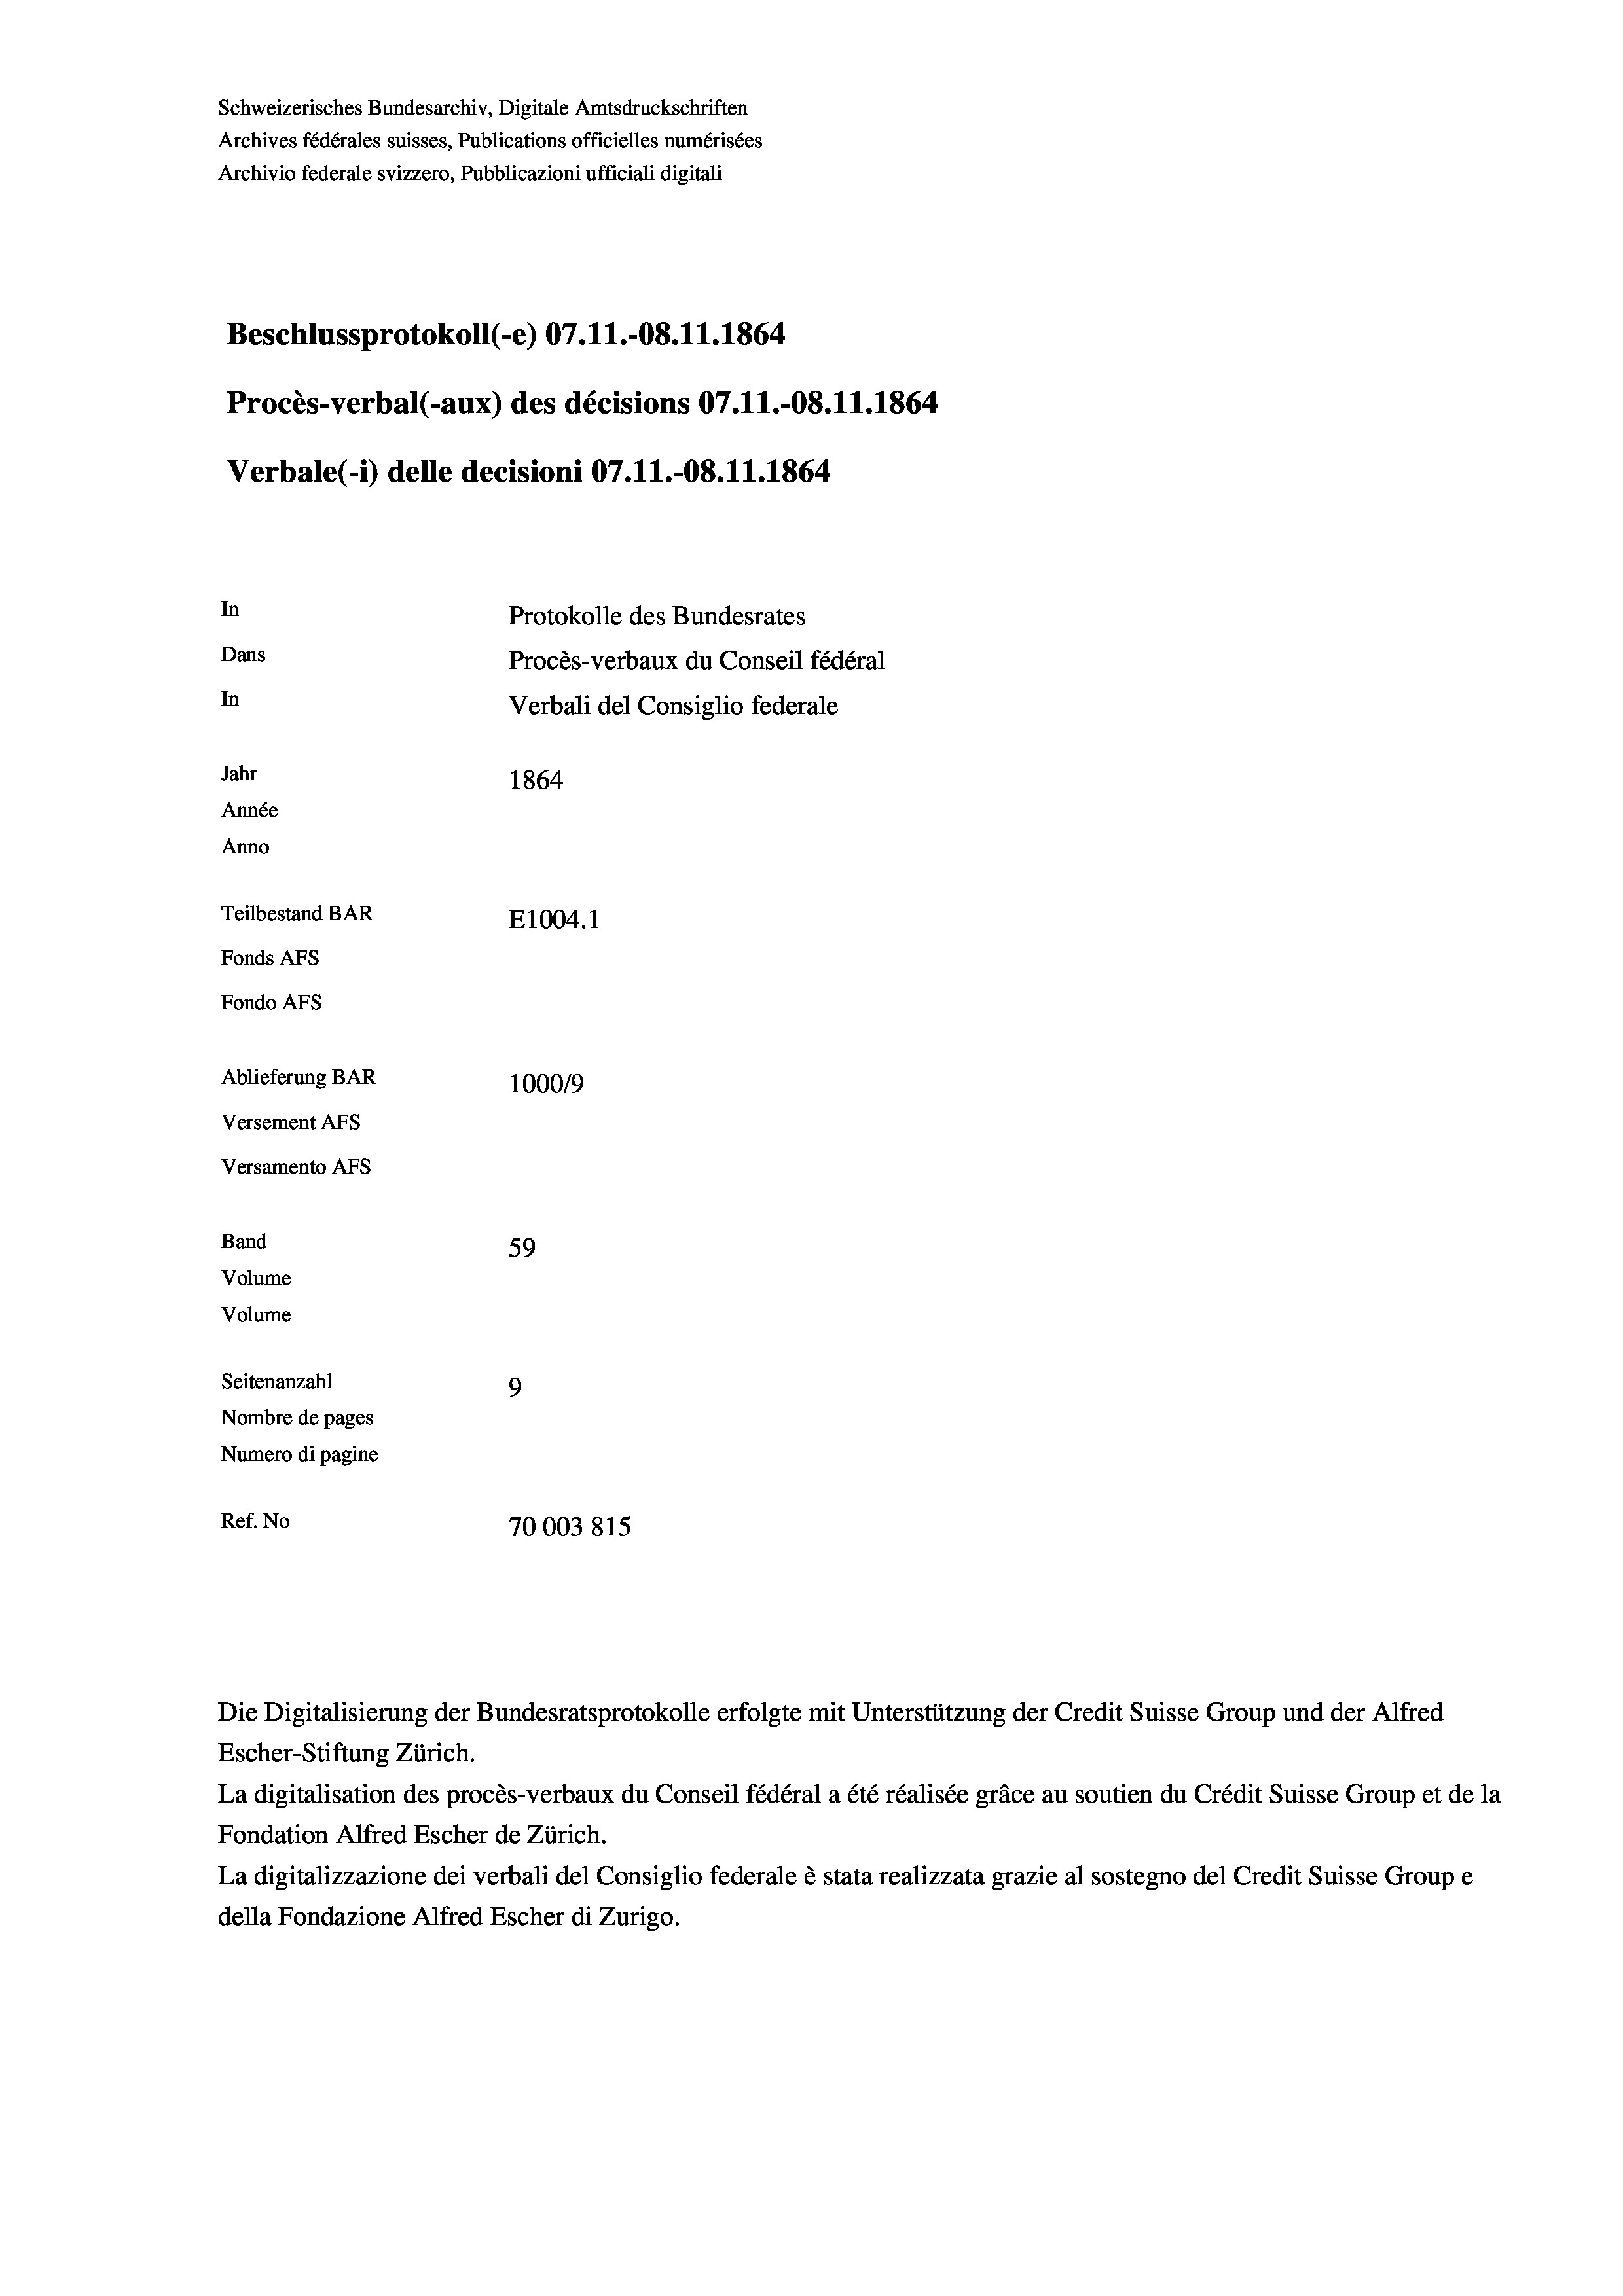
Schweizerisches Bundesarchiv, Digitale Amtsdruckschriften
Archives fédérales suisses, Publications officielles numérisées
Archivio federale svizzero, Pubblicazioni ufficiali digitali
Beschlussprotokoll (-e) 07.11.-08. 11. 1864
Procès-verbal (-aux) des décisions 07.11.-O8.11.1864
Verbale (- 1) delle decisioni 07.11.-08.11.1864
In
Protokolle des Bundesrates
Dans
Procès-verbaux du Conseil fédéral
In
Verbali del Consiglio federale
Jahr
1864
Année
Anno
Teilbestand BAR
E1004. 1
Fonds AFs
Fondo AFs
Ablieferung BAR
100019
Versement AFs
Versamento Afs
Band
59
Volume
Volume
Seitenanzahl
9
Nombre de pages
Numero di pagine
Ref. No
70003815

Escher-Stiftung Zürich.
La digitalisation des procès-verbaux du Conseil fédéral a été réalisée gräce au soutien du Crédit Suisse Group et de la
Fondation Alfred Escher de Zürich.
La digitalizzazione dei verbali del Consiglio federale è stata realizzata grazie al sostegno del Credit Suisse Groupe
della Fondazione Alfred Escher di Zurigo.

Die Digitalisierung der Bundesratsprotokolle erfolgte mit Unterstützung der Credit Suisse Group und der Alfred